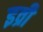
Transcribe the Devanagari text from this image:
इव्री